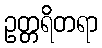
ဥတ္တရိတရာ